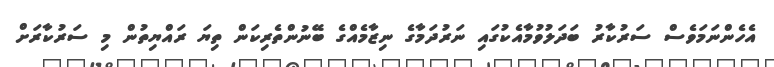
އެހެންނަމަވެސް ސަރުކާރު ބަދަލުވުމާއެކުގައި ނަރުދަމާގެ ނިޒާމެއްގެ ބޭނުންތެރިކަން ތިޔަ ރައްޔިތުން މި ސަރުކާރަށް